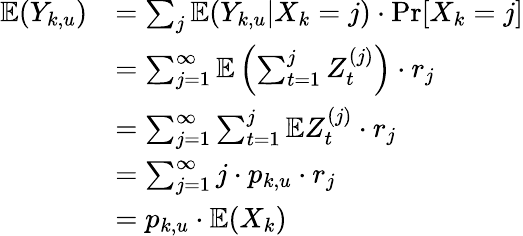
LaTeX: \begin{array}{rl}{\mathbb{E}(Y_{k,u})}&{=\sum_{j}\mathbb{E}(Y_{k,u}|X_{k}=j)\cdot\operatorname*{Pr}[X_{k}=j]}\\ &{=\sum_{j=1}^{\infty}\mathbb{E}\left(\sum_{t=1}^{j}Z_{t}^{(j)}\right)\cdot r_{j}}\\ &{=\sum_{j=1}^{\infty}\sum_{t=1}^{j}\mathbb{E}Z_{t}^{(j)}\cdot r_{j}}\\ &{=\sum_{j=1}^{\infty}j\cdot p_{k,u}\cdot r_{j}}\\ &{=p_{k,u}\cdot\mathbb{E}(X_{k})}\end{array}